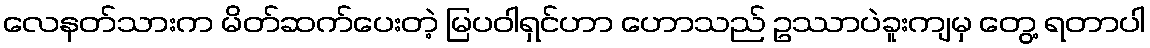
လေနတ်သားက မိတ်ဆက်ပေးတဲ့ မြပဝါရှင်ဟာ ဟောသည် ဥဿာပဲခူးကျမှ တွေ့ ရတာပါ